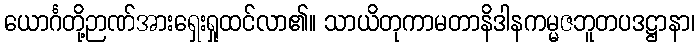
ယောင်္ဂတို့ဉာဏ်အားရှေးရှုထင်လာ၏။ သာယိတုကာမတာနိဒါနကမ္မဇဘူတပဒဋ္ဌာနာ၊